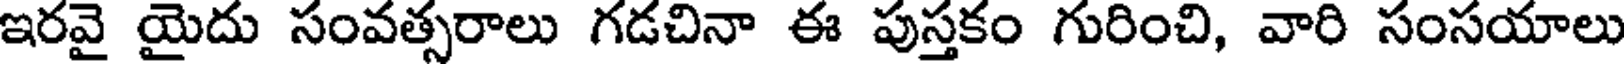
ఇరవై యైదు సంవత్సరాలు గడచినా ఈ పుస్తకం గురించి, వారి సంసయాలు